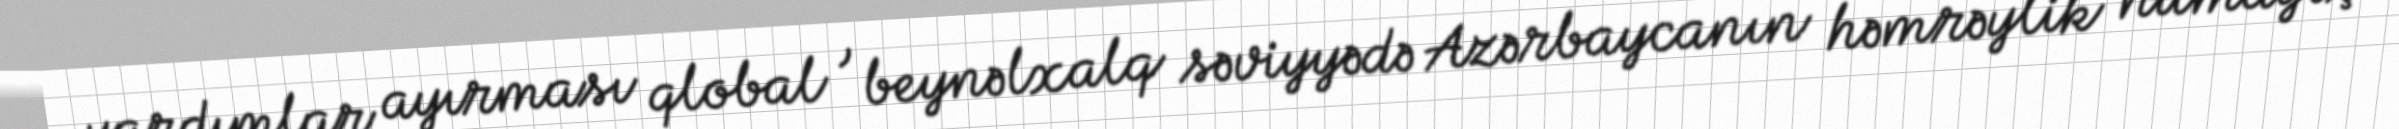
yardımlar ayırması qlobal , beynəlxalq səviyyədə Azərbaycanın həmrəylik nümayiş